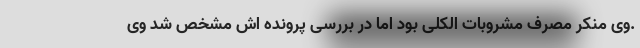
.وی منکر مصرف مشروبات الکلی بود اما در بررسی پرونده اش مشخص شد وی